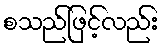
စသည်ဖြင့်လည်း